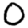
Digit: 0